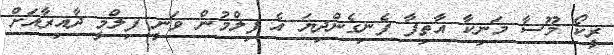
ރީކޯ މޫސާ މަނިކާ އާތިފާ ފެނިގެންދިޔަ އެ ފިލްމުން ވަނީ ފިލްމީ ދާއިރާއަށް